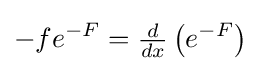
-fe^{-F}={\tfrac {d}{dx}}\left(e^{-F}\right)